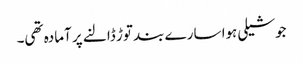
جوشیلی ہوا سارے بند توڑ ڈالنے پر آمادہ تھی۔